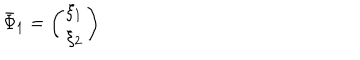
LaTeX: \bar { \Phi } _ { 1 } = \left( \begin{array} { c } { { \xi _ { 1 } } } \\ { { \xi _ { 2 } } } \\ \end{array} \right)